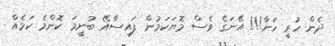
ދެން ހުރީ ހަނާ!!! އޭނަގެ ވެސް މޮޔަކަމުން ފައިސާއޭ ބުނީމަ ކޮންމެ ކަމެއް